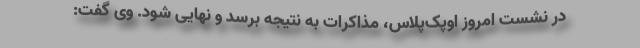
در نشست امروز اوپک‌پلاس، مذاکرات به نتیجه برسد و نهایی شود. وی گفت: